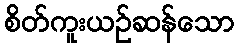
စိတ်ကူးယဉ်ဆန်သော